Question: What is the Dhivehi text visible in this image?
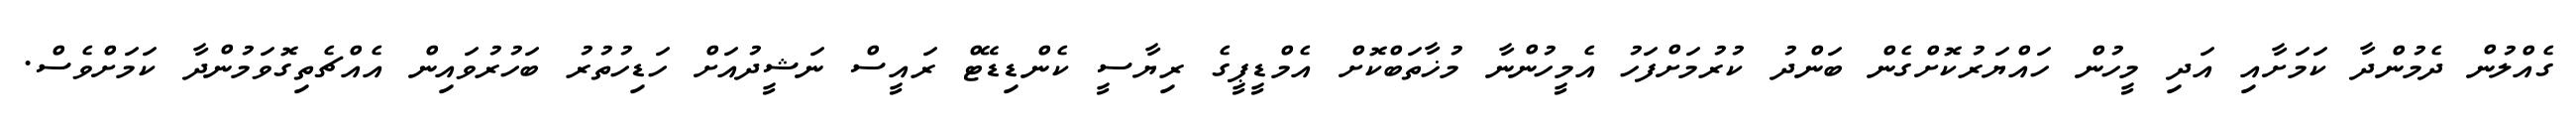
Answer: ގެއްލުން ދެމުންދާ ކަމަށާއި އަދި މީހުން ހައްޔަރުކޮށްގެން ބަންދު ކުރުމަށްފަހު އެމީހުންނާ މުޚާތަބްކޮށް އެމްޑީޕީގެ ރިޔާސީ ކެންޑިޑޭޓް ރައީސް ނަޝީދުއަށް ހަޑިހުތުރު ބަހުރުވައިން އެއްޗެތިގޮވަމުންދާ ކަމަށްވެސް.